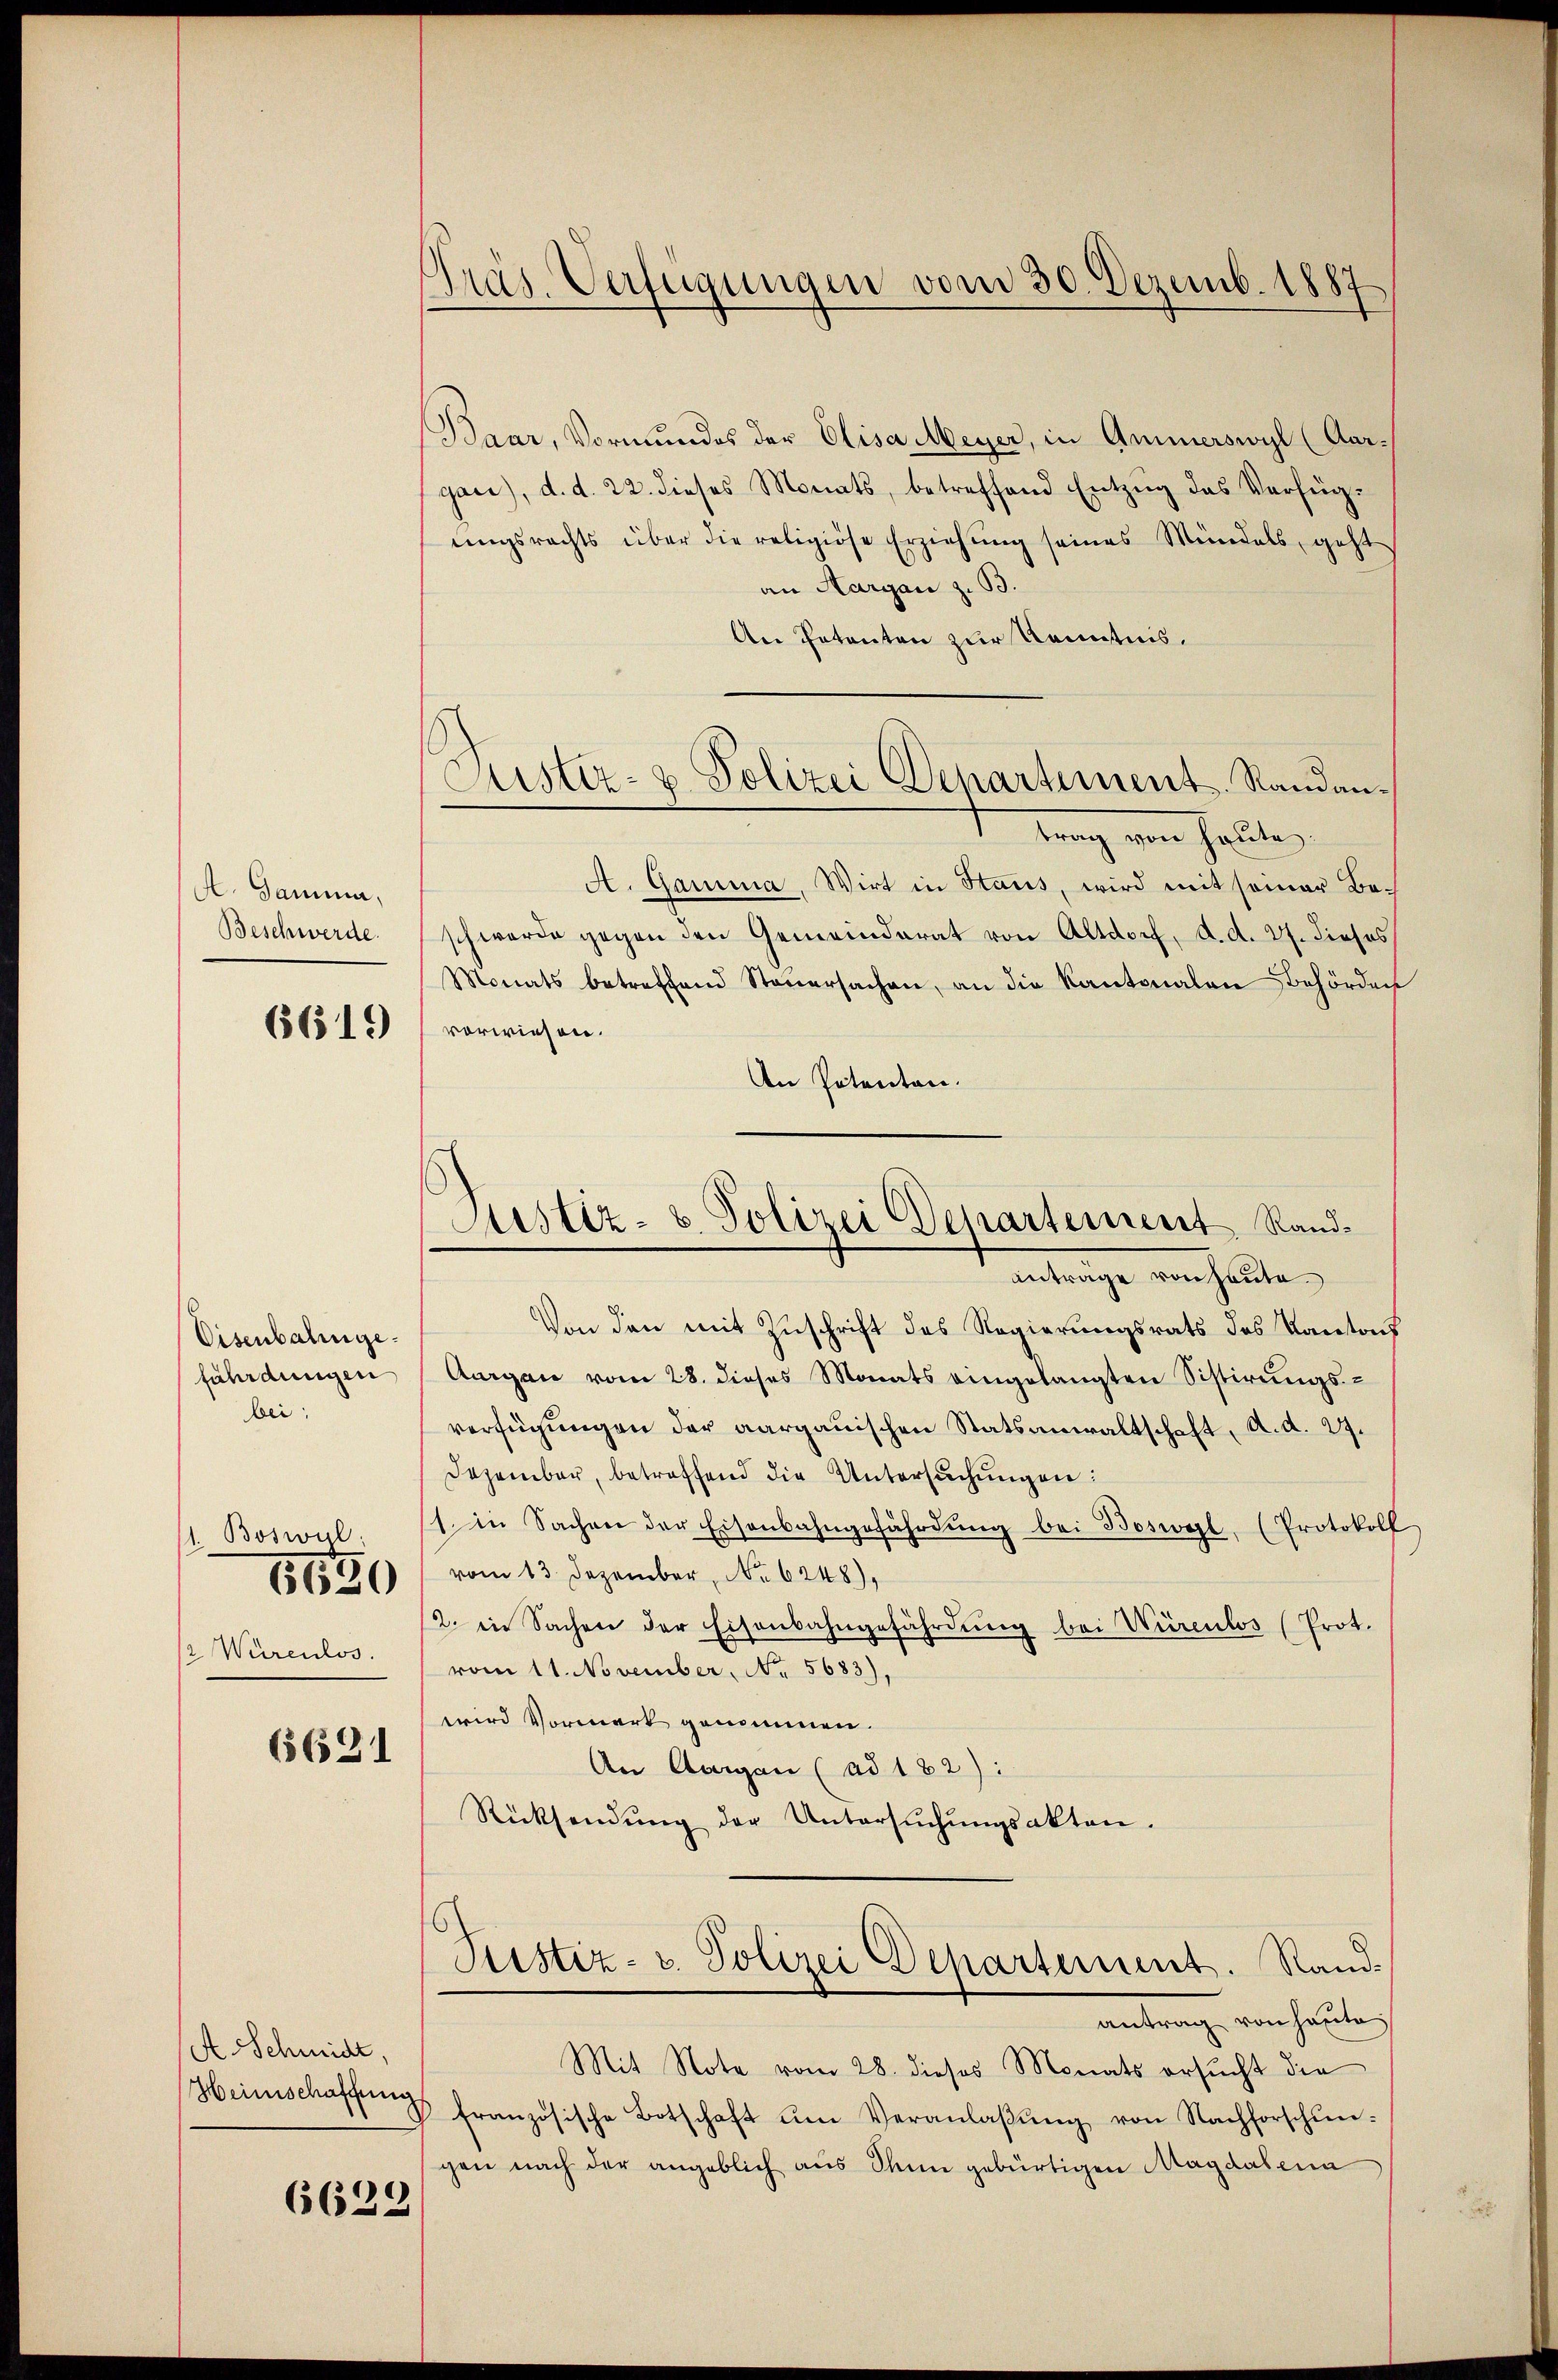
A. Gamina,
Beschwerde.
6619

Eisenbahngefährdungen
bei:
1. Boswul:
5650
/2 Würenlos.

6621

A. Schmidt,
Heimschaffung

6629)

Präs. Verfügungen vom 30. Dezemb. 1887

Baar, Vormundes der Elisa Meyer, in Ammerswyl (Aargan), d. d. 22. dieses Monats, betreffend Entzug das Verfügungsrechts über die religiöse Erziehung seines Mündels, geht
an Aargau z. B.
An Petenten zur Kenntnis.
 tauch von halte
A. Gamma, Wirt in Staus, wird mit seiner Beschwerde gegen den Gemeinderat von Altdorf, d. d. 27. dieses
Monats betreffend Steŭersachen, an die Kantonalen Behörden
vorwiesen.
An Potenten.
antrage von heute.
Von den mit Zuschrift des Regierungsrats des Kantons
Aurgau vom 28. dieses Monats eingelangten Sistirungsverfügungen der aargauischen Statsanwaltschaft, a. d. 27.
Dezember, betreffend die Untersŭchŭngen:
1 in Sachen der Eisenbahngefährdŭng bei Boswyl, (Protokoll
vom 13. Dezember, No 6248),
2. in Sachen der Eisenbahngefährdung bei Würenlos (Prot.
vom 11. November, No. 5683),
wird Vormark genommen.
An Aargau (ad 182):
Rücksendŭng der Untersŭchŭngsakten.
Justiz- u. Polizei Departement. Randantrag von Hauto
Mit Note vom 28. dieses Monats ersucht die
französische Botschaft ŭm Veranlaβŭng von Nachforschungen nach der angeblich aŭs dein gebürtigen Magdalena

Justiz- & Polizei Departement, Randan¬

Justiz- u. Polizei Departement Rand¬